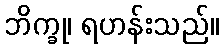
ဘိက္ခု၊ ရဟန်းသည်။